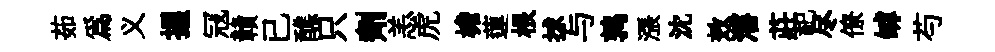
茹爲义握冦贛已醮只劑恙虎檐蓮根捄与鹑漲沈效瀋莊祀尽僚罅芍